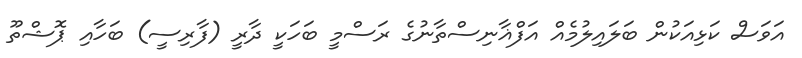
އަވަސް ކަޅިއަކުން ބަލައިލުމެއް އަފްޣާނިސްތާނުގެ ރަސްމީ ބަހަކީ ދާރީ (ފާރިސީ) ބަހާއި ޕޮޝްތޫ